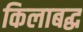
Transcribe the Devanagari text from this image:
किलाबद्ध